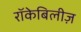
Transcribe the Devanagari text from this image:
रॉकेबिलीज़